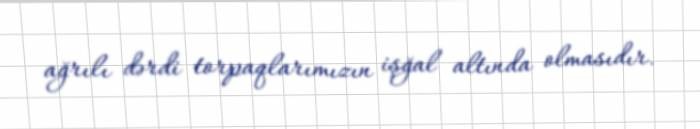
ağrılı dərdi torpaqlarımızın işğal altında olmasıdır.